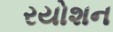
રયોશન